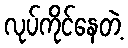
လုပ်ကိုင်နေတဲ့